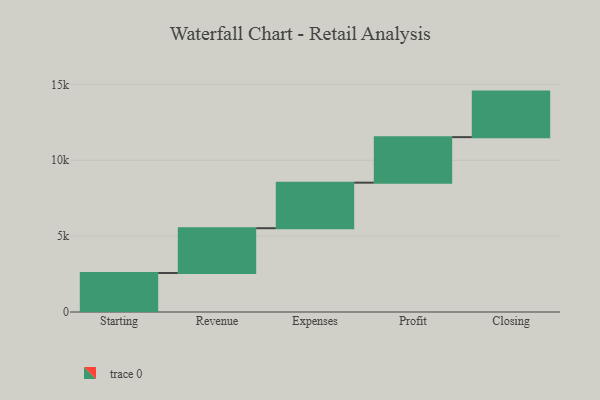
{"axis": {"x": "Step", "y": "Value"}, "legend": [""], "data": [{"x": "Starting", "y": 2571.0, "type": ""}, {"x": "Revenue", "y": 2949.0, "type": ""}, {"x": "Expenses", "y": 3000, "type": ""}, {"x": "Profit", "y": 3000, "type": ""}, {"x": "Closing", "y": 3000, "type": ""}]}